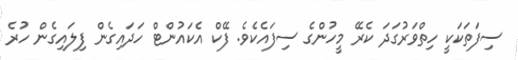
ސިފަތަކަކީ ހިތްވަރުގަދަ ކެރޭ މީހުންގެ ސިފައެކެވެ. ފޭކް އެކައުންޓް ހަދައިގެން ފިލައިގެން ހުރެ